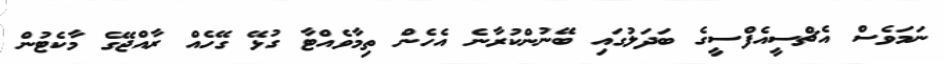
ނަމަވެސް އެޗްސީއެފްސީގެ ބަދަލުގައި ބޭނުންކުރާނެ އެހެން ތިމާވެއްޓާ ގުޅޭ ގޭހެއް ރާއްޖޭގެ މާކެޓުން